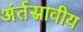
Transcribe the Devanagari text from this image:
अंर्तस्रावीय